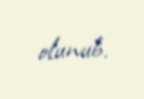
olunub.